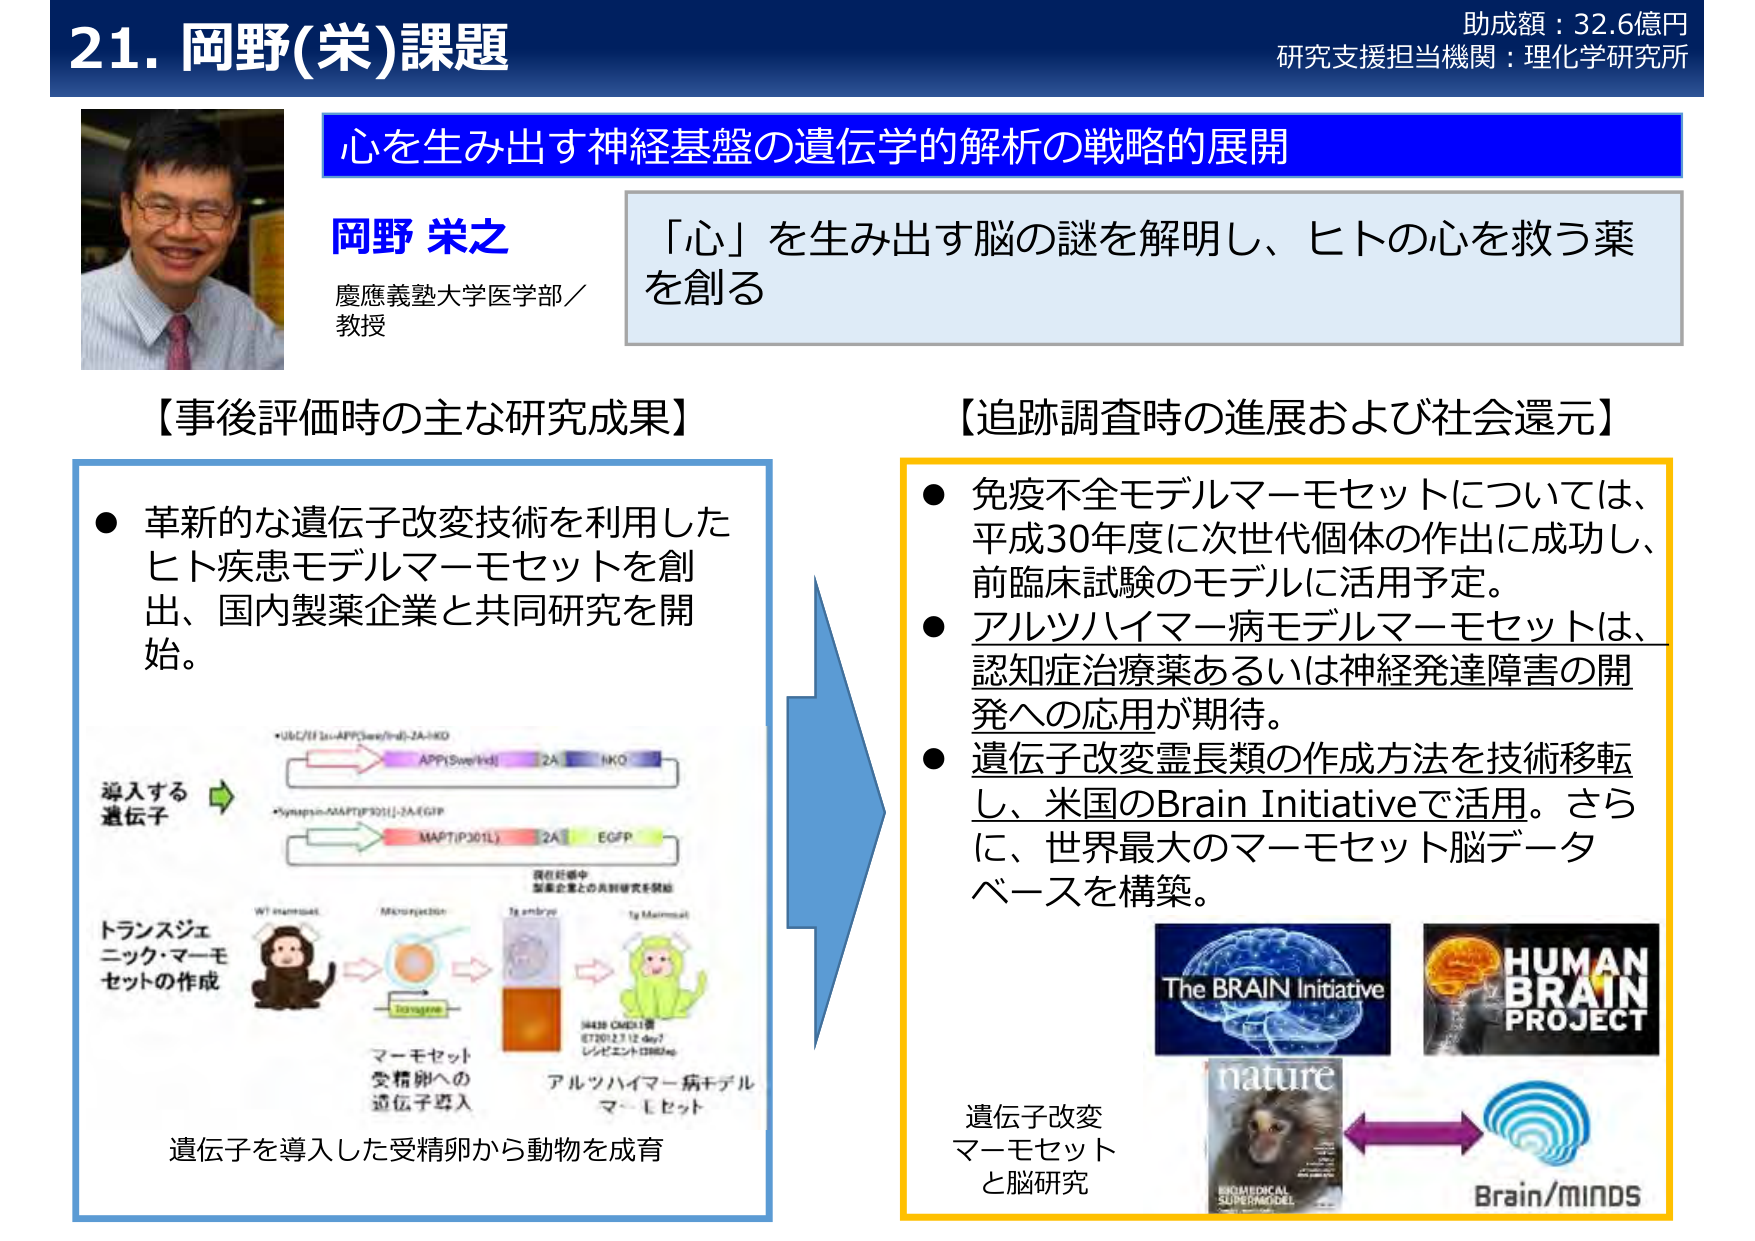
21. 岡野(栄)課題
助成額：32.6億円
研究支援担当機関：理化学研究所

心を生み出す神経基盤の遺伝学的解析の戦略的展開

岡野 栄之
慶應義塾大学医学部／教授

「心」を生み出す脳の謎を解明し、ヒトの心を救う薬を創る

【事後評価時の主な研究成果】
● 革新的な遺伝子改変技術を利用したヒト疾患モデルマーモセットを創出、国内製薬企業と共同研究を開始。

導入する遺伝子
*U6/EF1α-APP(Swe/IInd)-2A-HKO
*Synapsin-MAPT(P301L)-2A-EGFP

トランスジェニック・マーモセットの作成
WT oocyte
Microinjection
1g embryo
1g Marmoset
マーモセット受精卵への遺伝子導入
アルツハイマー病モデルマーモセット
9438 CMED1
ET2012.7.12 day7
レジデント3382/np

遺伝子を導入した受精卵から動物を成育

【追跡調査時の進展および社会還元】
● 免疫不全モデルマーモセットについては、平成30年度に次世代個体の作出に成功し、前臨床試験のモデルに活用予定。
● アルツハイマー病モデルマーモセットは、認知症治療薬あるいは神経発達障害の開発への応用が期待。
● 遺伝子改変霊長類の作成方法を技術移転し、米国のBrain Initiativeで活用。さらに、世界最大のマーモセット脳データベースを構築。

The BRAIN Initiative
HUMAN BRAIN PROJECT
nature
BIOMEDICAL SUPERMODEL
Brain/MINDS

遺伝子改変マーモセットと脳研究